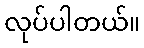
လုပ်ပါတယ်။